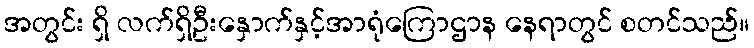
အတွင်း ရှိ လက်ရှိဦးနှောက်နှင့်အာရုံကြောဌာန နေရာတွင် စတင်သည်။